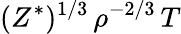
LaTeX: (Z^{*})^{1/3}\, \rho^{-2/3}\, T